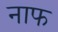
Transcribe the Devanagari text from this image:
नाफ